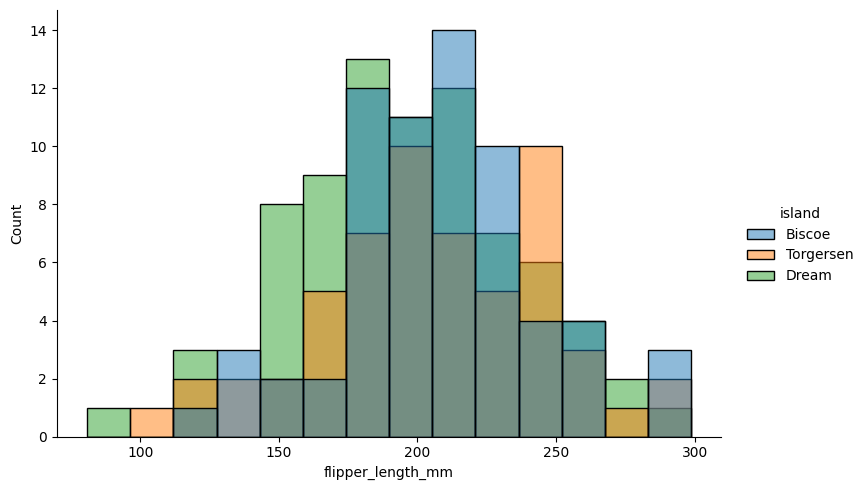
python, seaborn, displot, kind='hist', column='flipper_length_mm', hue='island', height=5, aspect=1.5